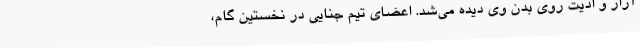
آزار و اذیت روی بدن وی دیده می‌شد. اعضای تیم جنایی در نخستین گام،